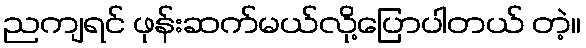
ညကျရင် ဖုန်းဆက်မယ်လို့ပြောပါတယ် တဲ့။